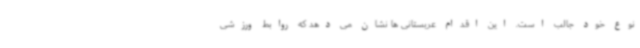
نوع خود جالب است. این اقدام عربستانی ها نشان می دهد که روابط ورزشی